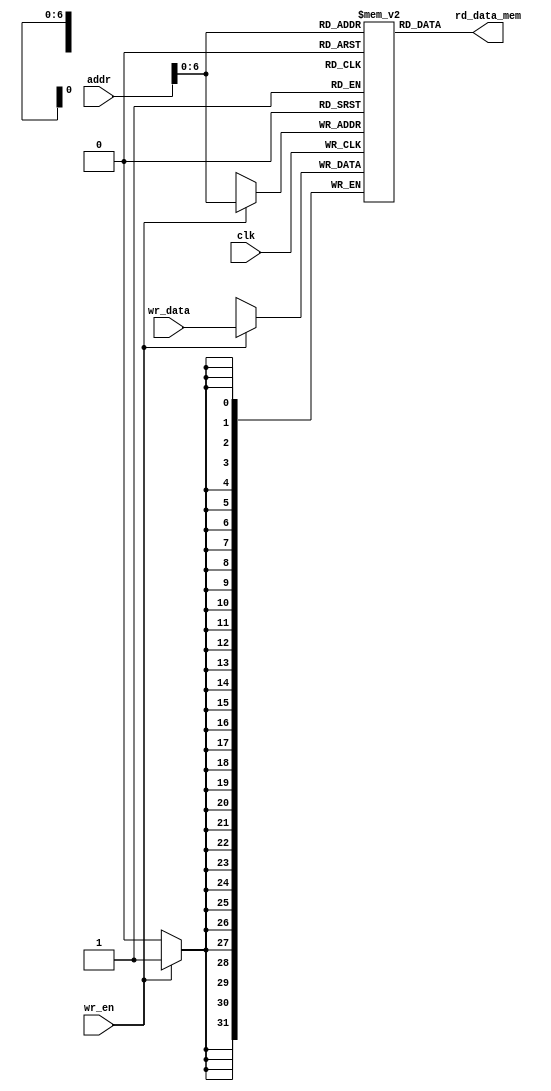
//data memory for MIPS32 CPU
module data_mem #(parameter DATA_WIDTH=32, ADDR_WIDTH=32, MEM_SIZE=128)(
	input clk,
	input wr_en,
	input [ADDR_WIDTH-1:0] addr,
	input [DATA_WIDTH-1:0] wr_data,
	output [DATA_WIDTH-1:0] rd_data_mem
);
	
	//128 32-bit words or data
	reg [DATA_WIDTH-1:0] data_ram [0:MEM_SIZE-1];
	
	//read logic
	assign rd_data_mem = data_ram[addr];
	
	//synchronous write logic
	always@(negedge clk) begin
		if(wr_en) data_ram[addr] <= wr_data;
	end
	
endmodule